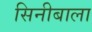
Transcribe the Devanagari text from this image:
सिनीबाला